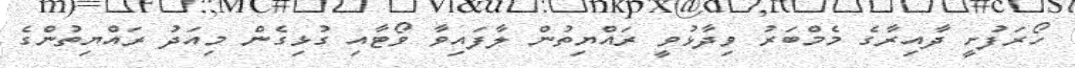
ހޯރަފުށީ ދާއިރާގެ މެމްބަރު ވިދާޅުވީ ރައްޔިތުން ލާފައިވާ ވޯޓާއި ގުޅިގެން މިއަދު ރައްޔިތުންގެ